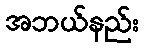
အဘယ်နည်း